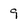
Character: 9